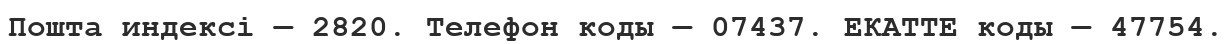
Пошта индексі — 2820. Телефон коды — 07437. ЕКАТТЕ коды — 47754.